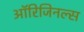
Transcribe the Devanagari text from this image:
ऑरिजिनल्स